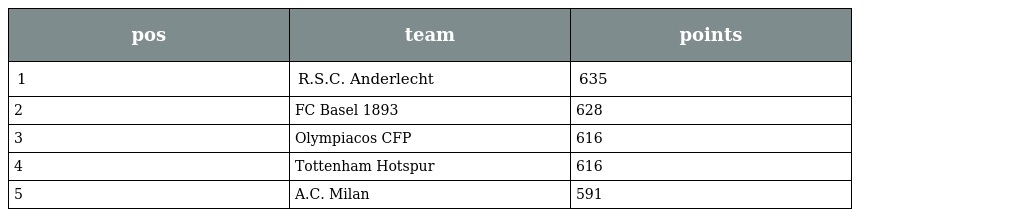
| pos | team | points |
 | --- | --- | --- |
 | 1 | R.S.C. Anderlecht | 635 |
 | 2 | FC Basel 1893 | 628 |
 | 3 | Olympiacos CFP | 616 |
 | 4 | Tottenham Hotspur | 616 |
 | 5 | A.C. Milan | 591 |